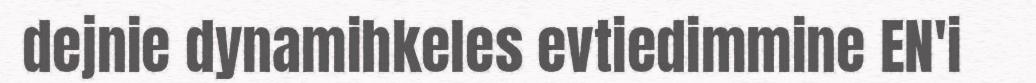
dejnie dynamihkeles evtiedimmine EN'i